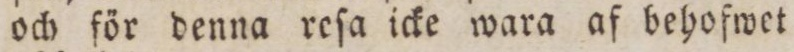
och för denna reſa icke wara af behofwet